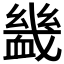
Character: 𧗇